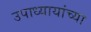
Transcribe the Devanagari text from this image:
उपाध्यायांच्या